Civil Veterinary Dept. Bombay admin report 1907-1913 - 1907-1913
Year: 1907
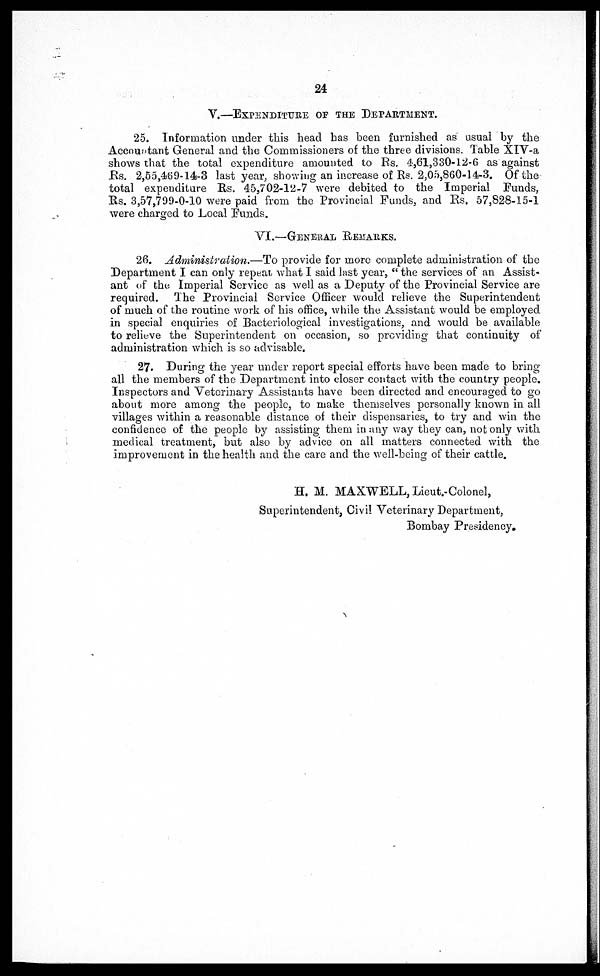
24
V.—EXPENDITURE OF THE DEPARTMENT.
25. Information under this head has been furnished as usual by the
Accountant General and the Commissioners of the three divisions. Table XIV-a
shows that the total expenditure amounted to Rs. 4,61,330-12-6 as against
Rs. 2,55,469-14-3 last year, showing an increase of Rs. 2,05,860-14-3. Of the
total expenditure Rs. 45,702-12-7 were debited to the Imperial Funds,
Rs. 3,57,799-0-10 were paid from the Provincial Funds, and Rs. 57,828-15-1
were charged to Local Funds.
VI.—GENERAL REMARKS.
26. Administration.—To
provide for more complete administration of the
Department I can only repeat what I said last year, "the services of an Assist-
ant of the Imperial Service as well as a Deputy of the Provincial Service are
required. The Provincial Service Officer would relieve the Superintendent
of much of the routine work of his office, while the Assistant would be employed
in special enquiries of Bacteriological investigations, and would be available
to relieve the Superintendent on occasion, so providing that continuity of
administration which is so advisable.
27. During the year under report special efforts have been made to bring
all the members of the Department into closer contact with the country people.
Inspectors and Veterinary Assistants have been directed and encouraged to go
about more among the people, to make themselves personally known in all
villages within a reasonable distance of their dispensaries, to try and win the
confidence of the people by assisting them in any way they can, not only with
medical treatment, but also by advice on all matters connected with the
improvement in the health and the care and the well-being of their cattle.
H. M. MAXWELL, Lieut.-Colonel,
Superintendent, Civil Veterinary Department,
Bombay Presidency.